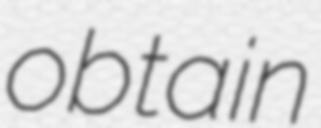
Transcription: obtain